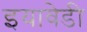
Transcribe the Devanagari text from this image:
इयावेडी